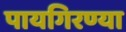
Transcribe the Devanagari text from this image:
पायगिरण्या